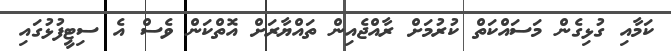
ކަމާއި ގުޅިގެން މަސައްކަތް ކުރުމަށް ރާއްޖެއިން ތައްޔާރަށް އޮތްކަން ވެސް އެ ސިޓީފުޅުގައި